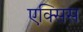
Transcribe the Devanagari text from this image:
एक्‍सिस